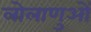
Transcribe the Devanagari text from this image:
लोलाणुओं